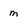
Character: m